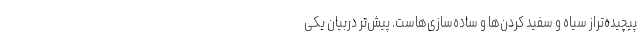
پیچیده‌تراز سیاه و سفید کردن‌ها و ساده‌سازی‌هاست. پیش‌تر دربیان یکی